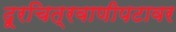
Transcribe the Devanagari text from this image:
दूरचित्रवाणीपटावर